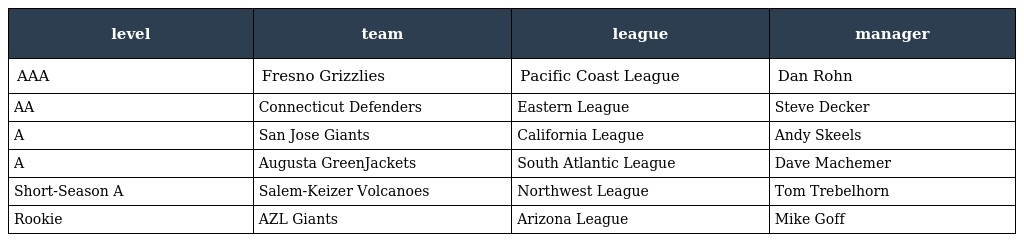
| level | team | league | manager |
 | --- | --- | --- | --- |
 | AAA | Fresno Grizzlies | Pacific Coast League | Dan Rohn |
 | AA | Connecticut Defenders | Eastern League | Steve Decker |
 | A | San Jose Giants | California League | Andy Skeels |
 | A | Augusta GreenJackets | South Atlantic League | Dave Machemer |
 | Short-Season A | Salem-Keizer Volcanoes | Northwest League | Tom Trebelhorn |
 | Rookie | AZL Giants | Arizona League | Mike Goff |